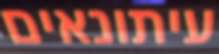
עיתונאים